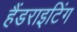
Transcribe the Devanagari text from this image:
हैंडराइटिंग